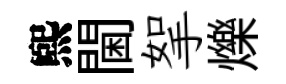
煕閫挐爍